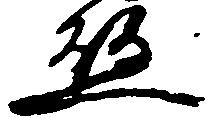
懸